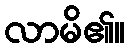
လာမိ၏။